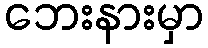
ဘေးနားမှာ